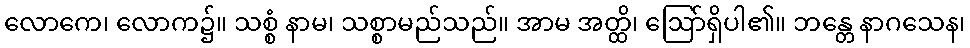
လောကေ၊ လောက၌။ သစ္စံ နာမ၊ သစ္စာမည်သည်။ အာမ အတ္ထိ၊ ဩော်ရှိပါ၏။ ဘန္တေ နာဂသေန၊